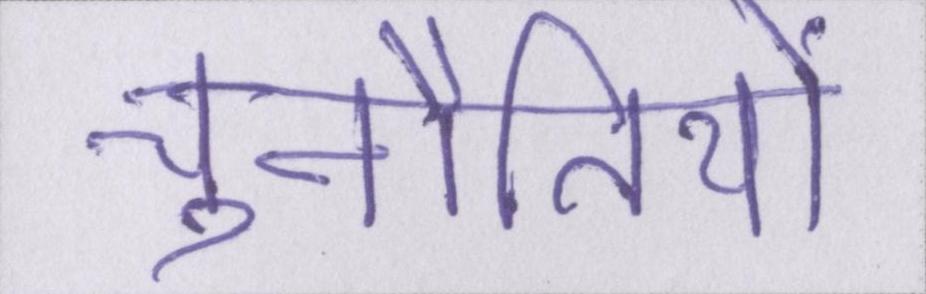
चुनौतियों